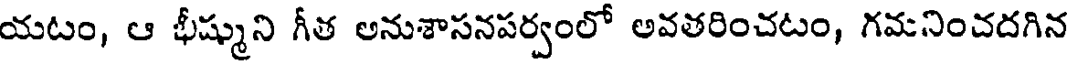
యటం, ఆ భీష్ముని గీత అనుశాసనపర్వంలో అవతరించటం, గమనించదగిన